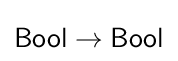
{\mathsf {Bool}}\to {\mathsf {Bool}}